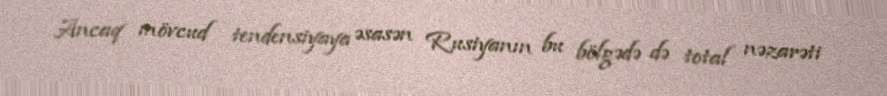
Ancaq mövcud tendensiyaya əsasən Rusiyanın bu bölgədə də total nəzarəti